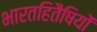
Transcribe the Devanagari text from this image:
भारतहितैषियों